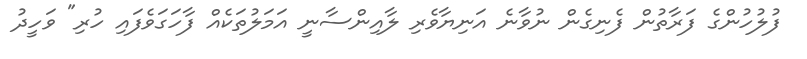
ފުލުހުންގެ ފަރާތުން ފެނިގެން ނުވާނެ އަނިޔާވެރި ލާއިންސާނީ އަމަލުތަކެއް ފާހަގަވެފައި ހުރި" ވަހީދު